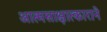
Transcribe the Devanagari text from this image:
आत्मसाक्षात्काराने